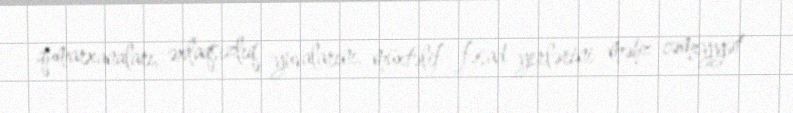
qumarxanaları, əxlaqsızlıq yuvalarını, müxtəlif fəsad yerlərini məhz cəmiyyət